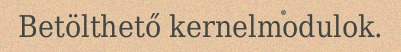
Betölthető kernelmodulok.